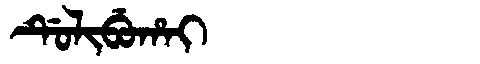
Manchu: ᡩᡠᠯᡳᠪᡠᡥᠠᡳ
Romanization: DULIBUHAI